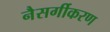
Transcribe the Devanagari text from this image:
नैसर्गीकरण